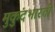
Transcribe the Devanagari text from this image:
मुकुंदभारती